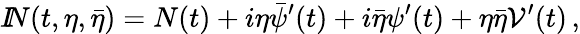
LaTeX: {I\! \! N}(t,\eta,\bar{\eta})=N(t)+i\eta\bar{\psi}^{\prime}(t)+i\bar{\eta}\psi^{\prime}(t)+\eta\bar{\eta}{\cal V}^{\prime}(t)\, ,